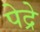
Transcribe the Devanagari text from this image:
पेद्रे